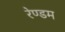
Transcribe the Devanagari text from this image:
रेण्डम